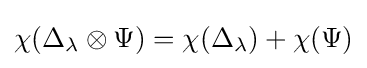
\chi (\Delta _{\lambda }\otimes \Psi )=\chi (\Delta _{\lambda })+\chi (\Psi )